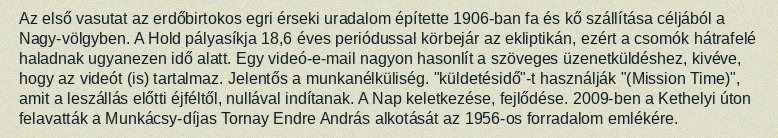
Az első vasutat az erdőbirtokos egri érseki uradalom építette 1906-ban fa és kő szállítása céljából a Nagy-völgyben. A Hold pályasíkja 18,6 éves periódussal körbejár az ekliptikán, ezért a csomók hátrafelé haladnak ugyanezen idő alatt. Egy videó-e-mail nagyon hasonlít a szöveges üzenetküldéshez, kivéve, hogy az videót (is) tartalmaz. Jelentős a munkanélküliség. "küldetésidő"-t használják "(Mission Time)", amit a leszállás előtti éjféltől, nullával indítanak. A Nap keletkezése, fejlődése. 2009-ben a Kethelyi úton felavatták a Munkácsy-díjas Tornay Endre András alkotását az 1956-os forradalom emlékére.